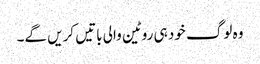
وہ لوگ خود ہی روٹین والی باتیں کریں گے۔